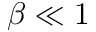
\beta \ll 1